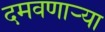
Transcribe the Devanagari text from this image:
दमवणाऱ्या